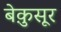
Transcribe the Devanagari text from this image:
बेक़ुसूर